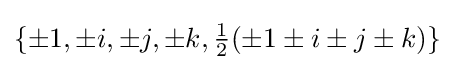
\{\pm 1,\pm i,\pm j,\pm k,{\tfrac {1}{2}}(\pm 1\pm i\pm j\pm k)\}